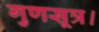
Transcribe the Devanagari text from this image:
गुणसूत्र।